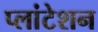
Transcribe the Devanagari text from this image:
प्लांटेशन